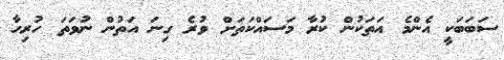
ސަބަބަކީ އެންމެ އަތަކުން ކުރާ މަސައްކަތަށް ވުރެ ގިނަ އަތުން ނުވަތަ ހުރިހާ